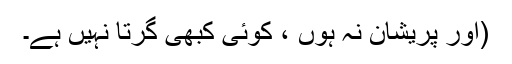
(اور پریشان نہ ہوں ، کوئی کبھی گرتا نہیں ہے۔